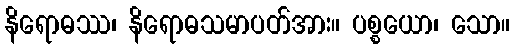
နိရောဓဿ၊ နိရောဓသမာပတ်အား။ ပစ္စယော၊ သော။